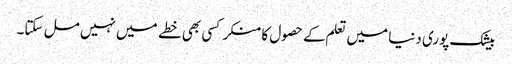
بیشک پوری دنیا میں تعلم کے حصول کا منکر کسی بھی خطے میں نہیں مل سکتا۔